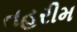
તહરીમ